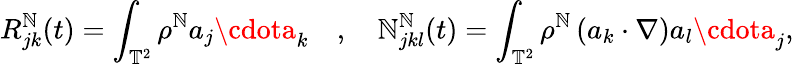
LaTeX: R_{jk}^{\mathbb{N}}(t)=\int_{\mathbb{{T}}^{2}}\rho^{\mathbb{N}}a_{j}\cdota_{k}\quad,\quad\mathcal{{\mathbb{N}}}_{jkl}^{\mathbb{N}}(t)=\int_{\mathbb{{T}}^{2}}\rho^{\mathbb{N}}\left(a_{k}\cdot\nabla\right)a_{l}\cdota_{j},